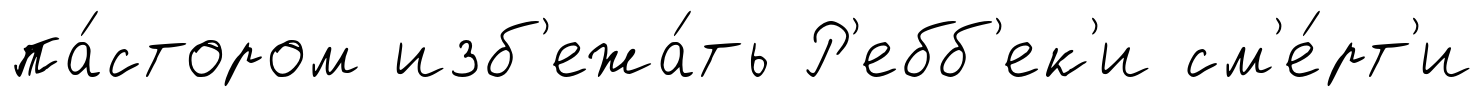
па́стором изб'ежа́ть Р'ебб'ек'и см'е́рт'и